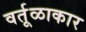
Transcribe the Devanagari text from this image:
वर्तूळाकार